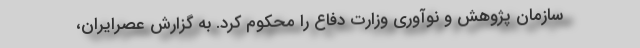
سازمان پژوهش و نوآوری وزارت دفاع را محکوم کرد. به گزارش عصرایران،